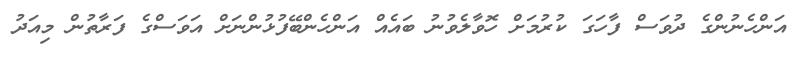
އަންހެނުންގެ ދުވަސް ފާހަގަ ކުރުމަށް ހޮވާލެވުނު ބައެއް އަންހެންބޭފުޅުންނަށް އަވަސްގެ ފަރާތުން މިއަދު